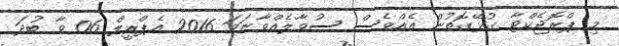
މި ޕްރޮޖެކްޓާ ގުޅޭގޮތުން އެއްވެސް ސުވާލެއްވާނަމަ 2016 އެޕްރީލް 06 ވާ ބުދަ